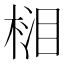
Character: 𣓭